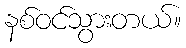
နစ်ဝင်သွားတယ်။